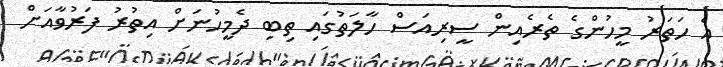
އެ ހަތަރު މީހުންގެ ތެރެއިން ސީރިއަސް ހާލަތުގައި ތިބި ދެމީހުނަށް އިތުރު ފަރުވާއަށް